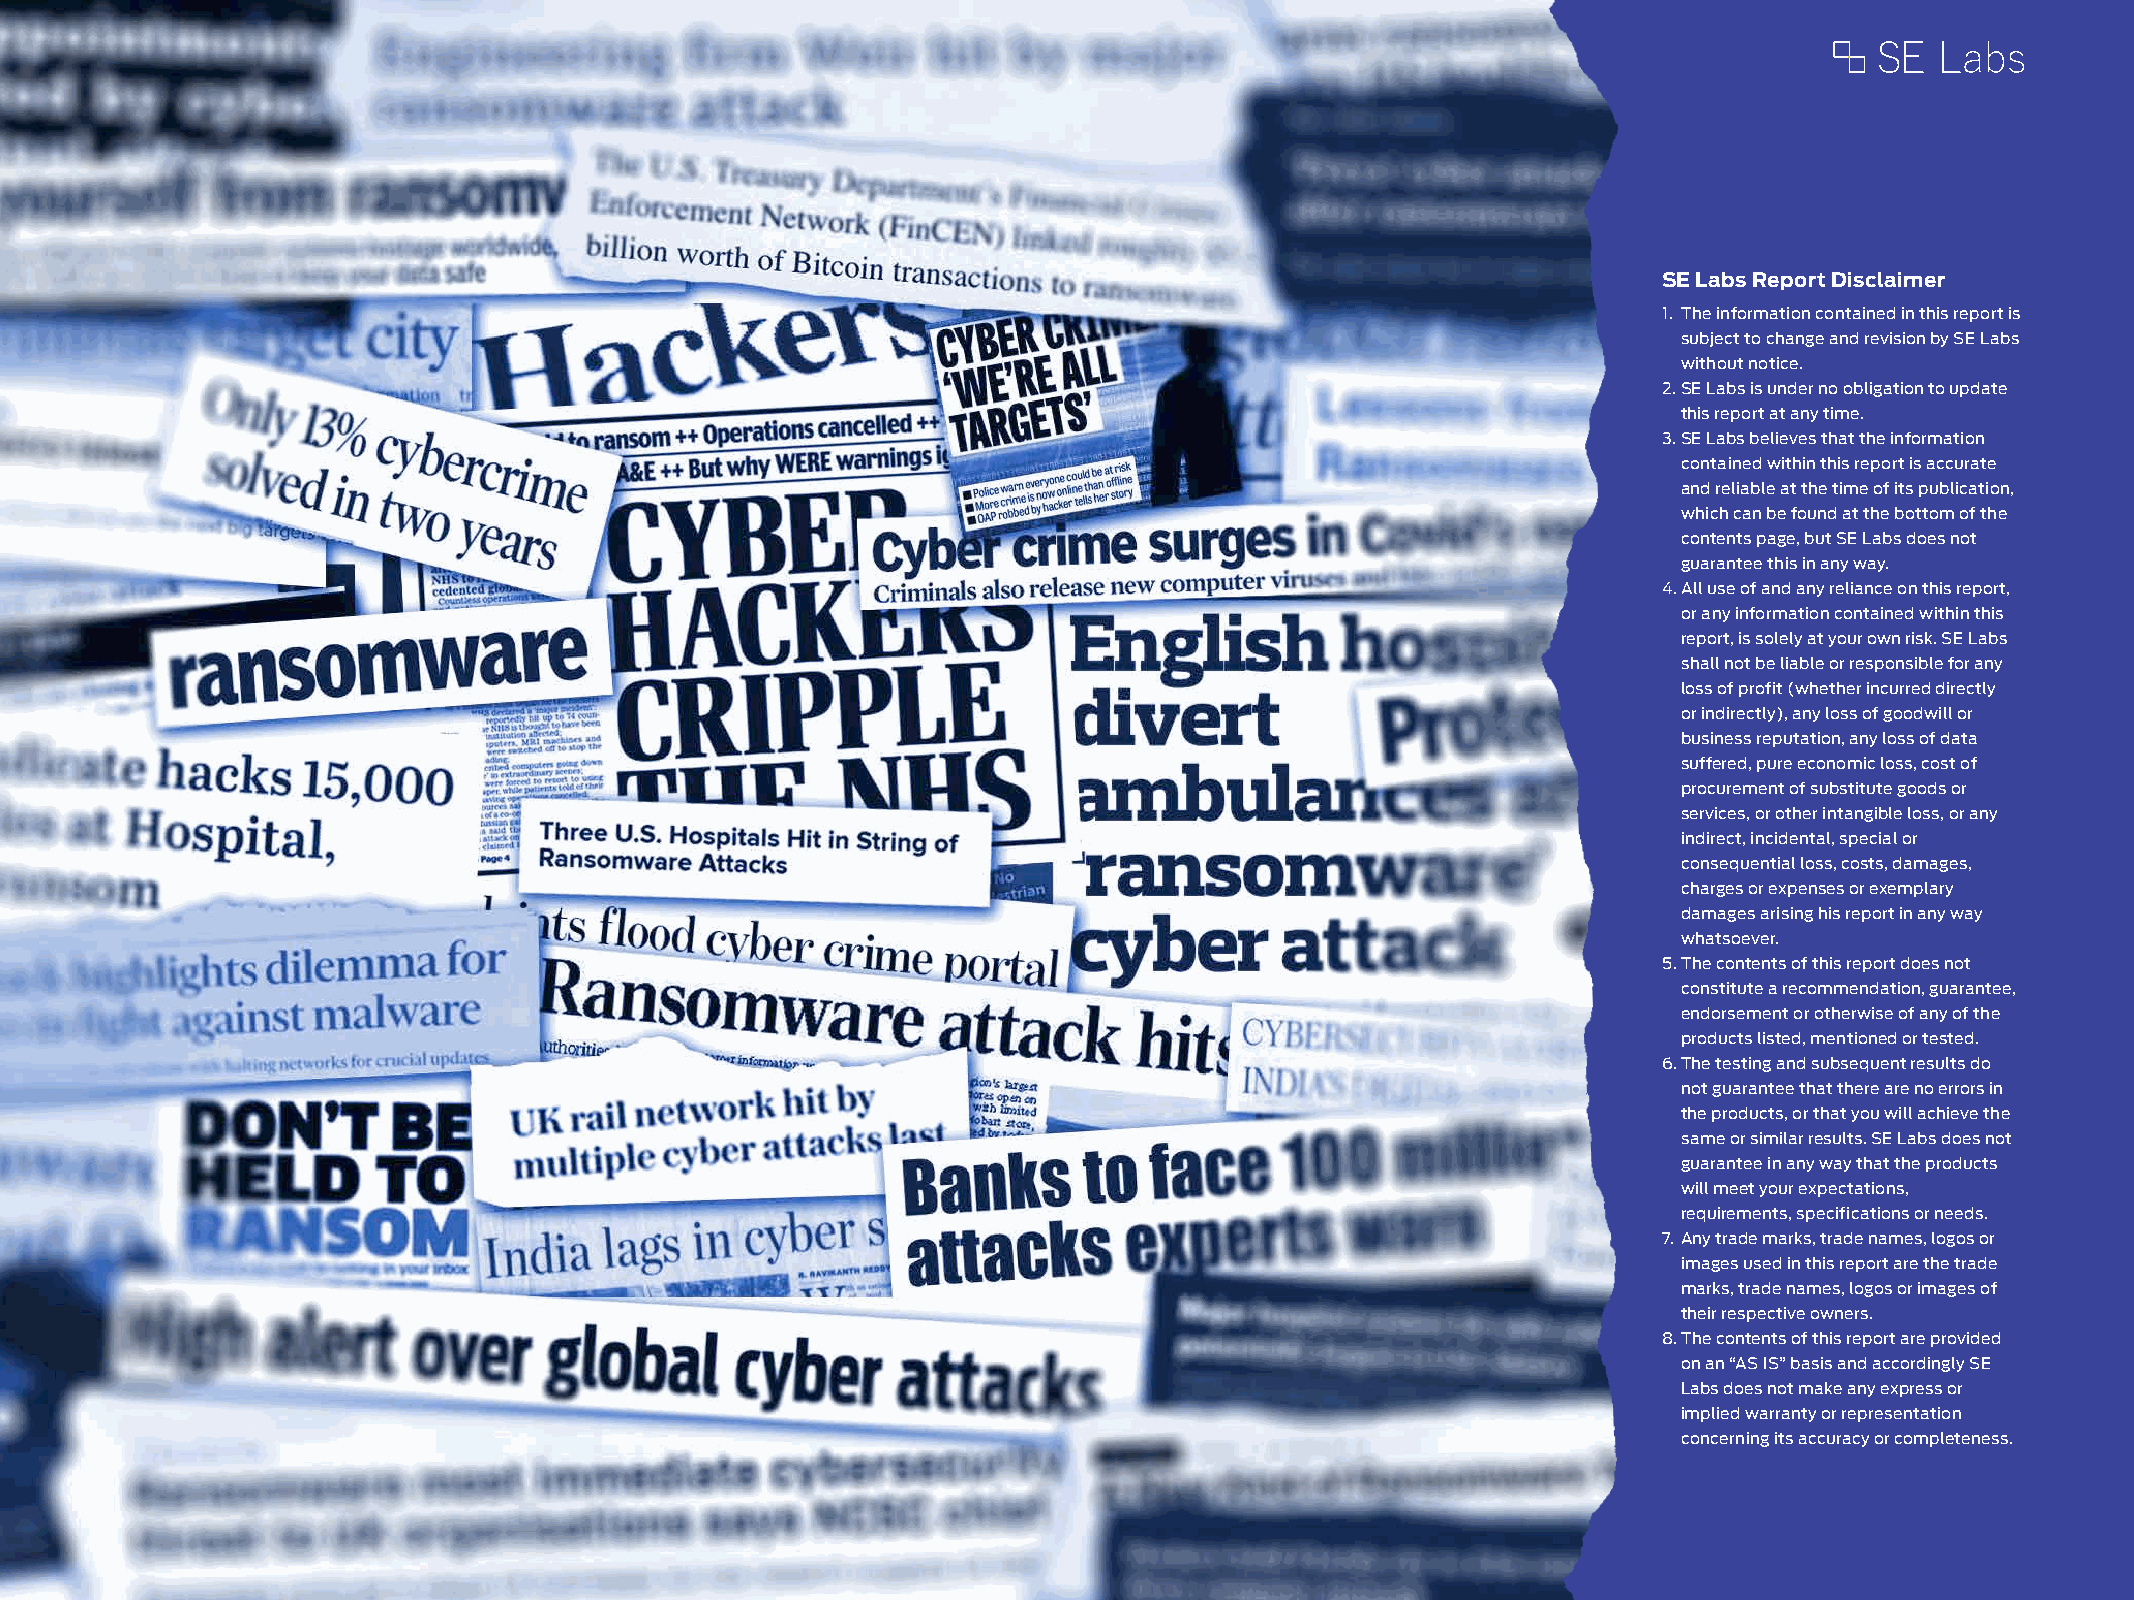
SE Labs Report Disclaimer
 1. The information contained in this report is
 subject to change and revision by SE Labs
 without notice.
 2. SE Labs is under no obligation to update
 this report at any time.
 3. SE Labs believes that the information
 contained within this report is accurate
 and reliable at the time of its publication,
 which can be found at the bottom of the
 contents page, but SE Labs does not
 guarantee this in any way.
 4. All use of and any reliance on this report,
 or any information contained within this
 report, is solely at your own risk. SE Labs
 shall not be liable or responsible for any
 loss of profit (whether incurred directly
 or indirectly), any loss of goodwill or
 business reputation, any loss of data
 suffered, pure economic loss, cost of
 procurement of substitute goods or
 services, or other intangible loss, or any
 indirect, incidental, special or
 consequential loss, costs, damages,
 charges or expenses or exemplary
 damages arising his report in any way
 whatsoever.
 5. The contents of this report does not
 constitute a recommendation, guarantee,
 endorsement or otherwise of any of the
 products listed, mentioned or tested.
 6. The testing and subsequent results do
 not guarantee that there are no errors in
 the products, or that you will achieve the
 same or similar results. SE Labs does not
 guarantee in any way that the products
 will meet your expectations,
 requirements, specifications or needs.
 7. Any trade marks, trade names, logos or
 images used in this report are the trade
 marks, trade names, logos or images of
 their respective owners.
 8. The contents of this report are provided
 on an “AS IS” basis and accordingly SE
 Labs does not make any express or
 implied warranty or representation
 concerning its accuracy or completeness.